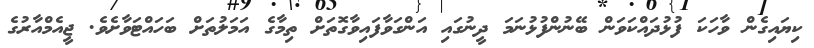
ކިޔައިގެން ވާހަކަ ފުޅުދައްކަވަން ބޭނުންފުޅުނަމަ ދީނުގައި އަންގަވާފައިވާގޮތަށް ތިމާގެ އަމަލުތަށް ބަހައްޓަވާށެވެ. ޖީއެމްއާރުގެ